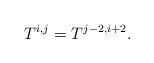
LaTeX: \begin{align*}T^{i,j}=T^{j-2,i+2}.\end{align*}